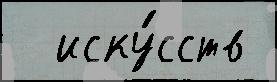
  иску́сств